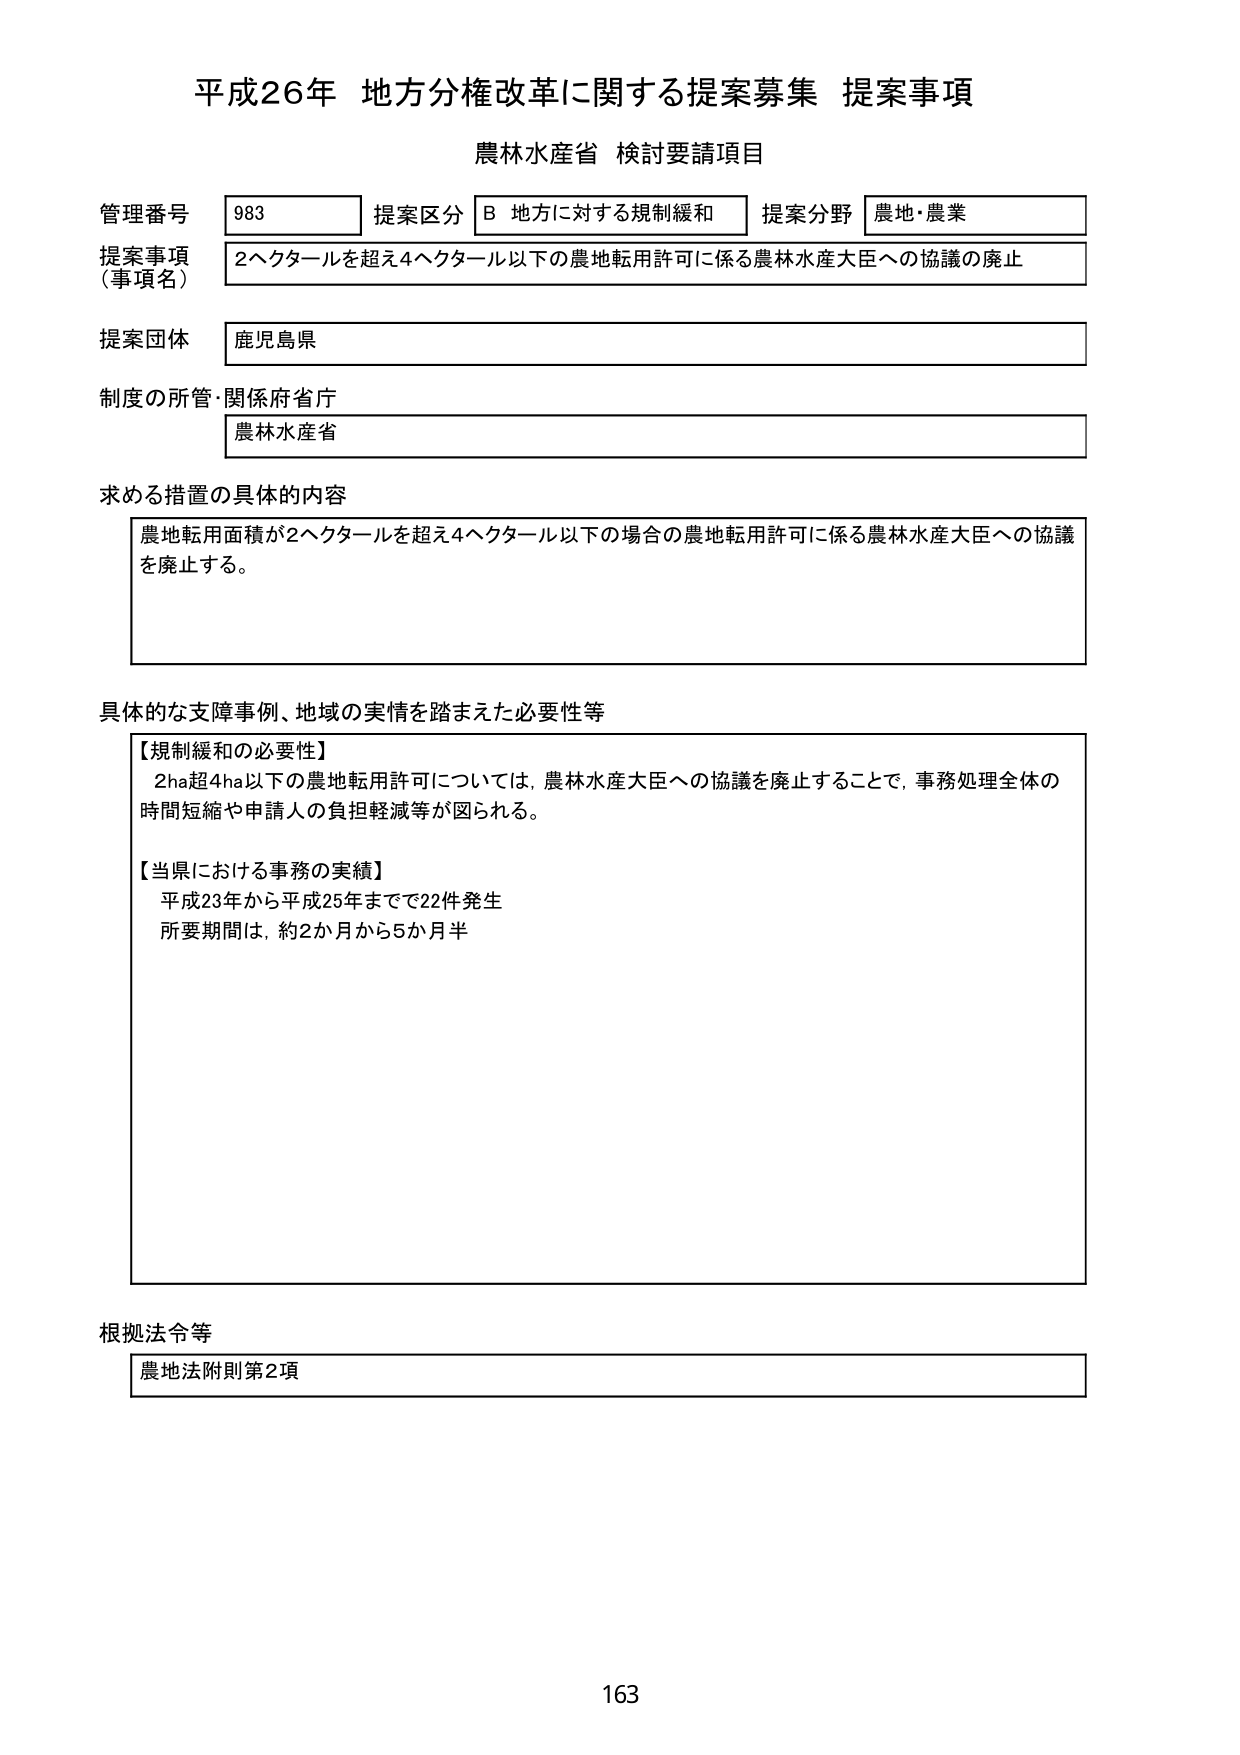
平成26年 地方分権改革に関する提案募集 提案事項
農林水産省 検討要請項目

管理番号 983
提案区分 B 地方に対する規制緩和
提案分野 農地・農業

提案事項（事項名）
2ヘクタールを超え4ヘクタール以下の農地転用許可に係る農林水産大臣への協議の廃止

提案団体
鹿児島県

制度の所管・関係府省庁
農林水産省

求める措置の具体的内容
農地転用面積が2ヘクタールを超え4ヘクタール以下の場合の農地転用許可に係る農林水産大臣への協議を廃止する。

具体的な支障事例、地域の実情を踏まえた必要性等
【規制緩和の必要性】
2ha超4ha以下の農地転用許可については、農林水産大臣への協議を廃止することで、事務処理全体の時間短縮や申請人の負担軽減等が図られる。

【当県における事務の実績】
平成23年から平成25年までで22件発生
所要期間は、約2か月から5か月半

根拠法令等
農地法附則第2項

163